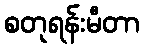
စတုရန်းမီတာ